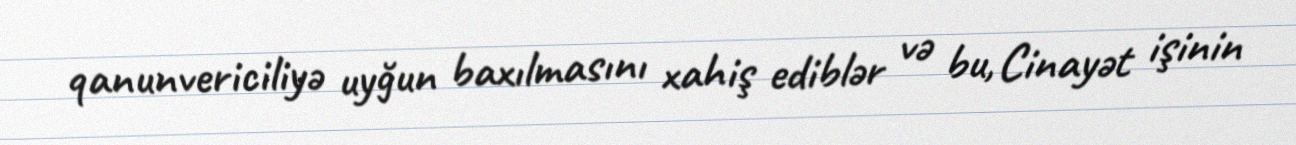
qanunvericiliyə uyğun baxılmasını xahiş ediblər və bu, Cinayət işinin